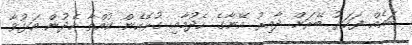
ބައެއް ފަހަރު ބޭރަށް ދާއިރު އޭނާގެ ހެދުމާއި ގުޅޭހެން ކުއްތާ ހެދުން އަޅުވާ